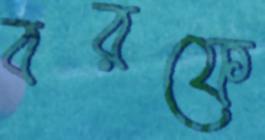
বরফে